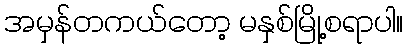
အမှန်တကယ်တော့ မနှစ်မြို့စရာပါ။